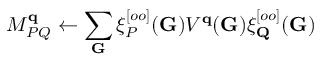
M _ { P Q } ^ { \mathbf { q } } \leftarrow \sum _ { \mathbf { G } } \xi _ { P } ^ { [ o o ] } ( \mathbf { G } ) V ^ { \mathbf { q } } ( \mathbf { G } ) \xi _ { \mathbf { Q } } ^ { [ o o ] } ( \mathbf { G } )